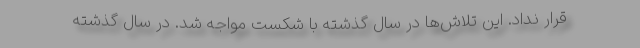
قرار نداد. این تلاش‌ها در سال گذشته با شکست مواجه شد. در سال گذشته